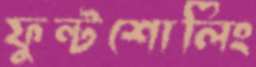
ফুন্টশোলিং